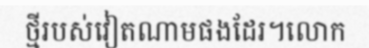
ថ្មីរបស់វៀតណាមផងដែរ។លោក